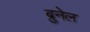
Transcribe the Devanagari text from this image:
ब्रुनेल